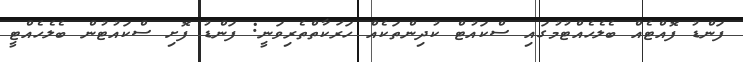
ފަންޑު ފޮއްޓެއް ބެލެހެއްޓުމުގައި ސްކައުޓް ކުދިންތަކެއް ހަރަކާތްތެރިވަނީ: ފަންޑު ފޮށި ސްކައުޓުން ބެލެހެއްޓީ